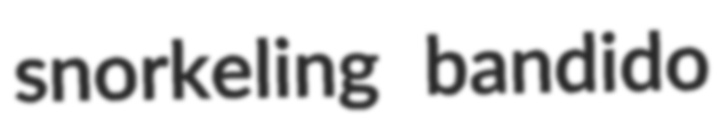
snorkeling bandido